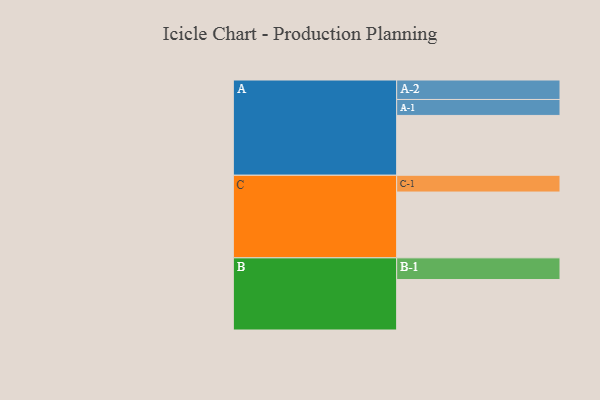
{"axis": {"x": "Segment", "y": "Value"}, "legend": ["", "A", "B", "C"], "data": [{"x": "A", "y": 510, "type": ""}, {"x": "B", "y": 430, "type": ""}, {"x": "C", "y": 561, "type": ""}, {"x": "A-1", "y": 136, "type": "A"}, {"x": "A-2", "y": 166, "type": "A"}, {"x": "B-1", "y": 185, "type": "B"}, {"x": "C-1", "y": 143, "type": "C"}]}